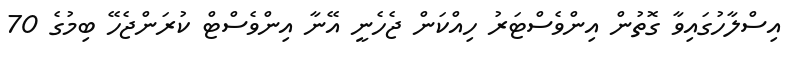
އިސްލާހުގައިވާ ގޮތުން އިންވެސްޓަރު ހިއްކަން ޖެހެނީ އޭނާ އިންވެސްޓް ކުރަންޖެހޭ ބިމުގެ 70